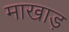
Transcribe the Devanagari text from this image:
माखाड़